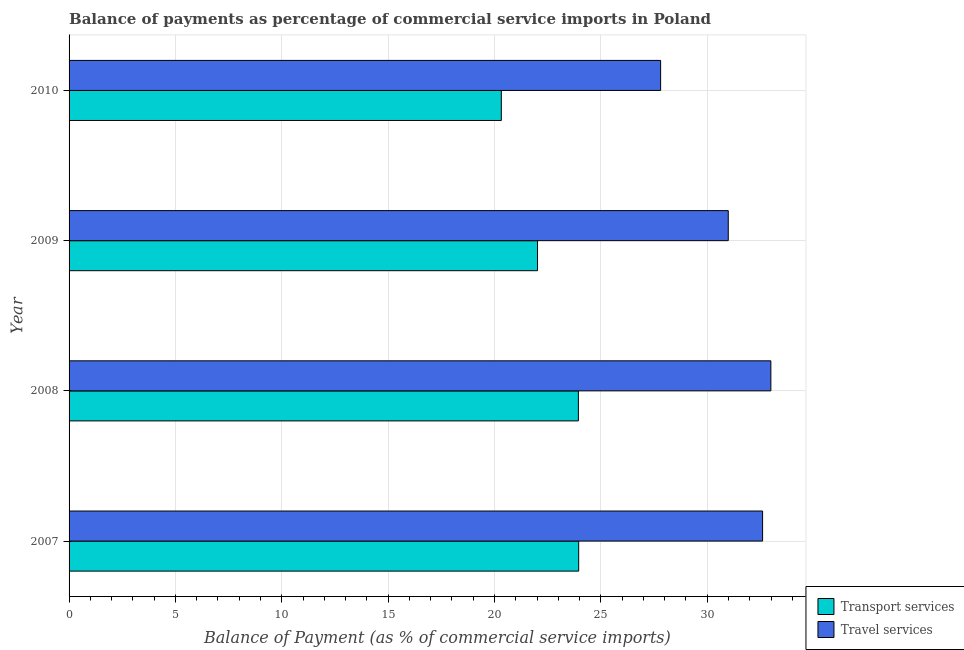
| Year | Transport services | Travel services |
 | --- | --- | --- |
 | 2007 | 24 | 32.6 |
 | 2008 | 23.9 | 33 |
 | 2009 | 22 | 31 |
 | 2010 | 20.3 | 27.8 |